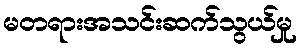
မတရားအသင်းဆက်သွယ်မှု